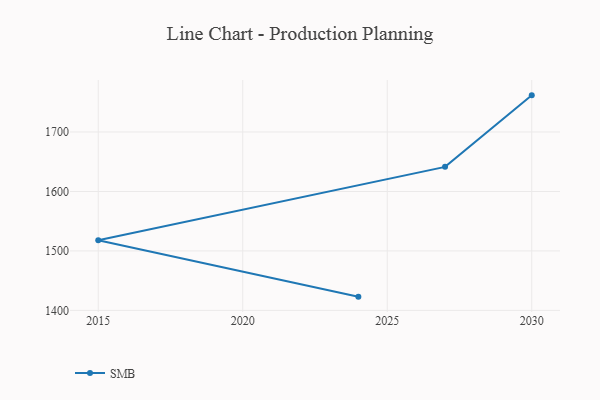
{"axis": {"x": "Year", "y": "Customer Acquisition Cost (USD)"}, "legend": ["SMB"], "data": [{"x": "2030", "y": 1761.7, "type": "SMB"}, {"x": "2027", "y": 1641.4, "type": "SMB"}, {"x": "2015", "y": 1517.9, "type": "SMB"}, {"x": "2024", "y": 1423.1, "type": "SMB"}]}